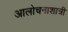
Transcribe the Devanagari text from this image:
आलोचनाशात्री